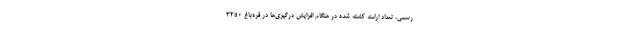
رسمی، تعداد ارامنه کشته شده در هنگام افزایش درگیری‌ها در قره‌باغ ۳۲۵۰